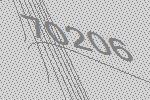
70206